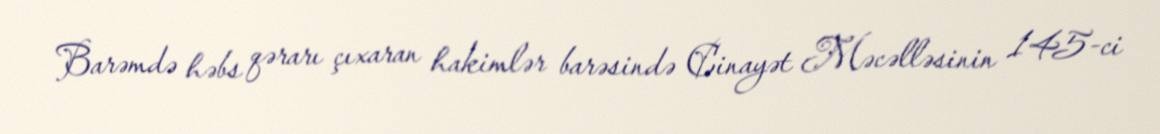
Barəmdə həbs qərarı çıxaran hakimlər barəsində Cinayət Məcəlləsinin 145-ci